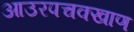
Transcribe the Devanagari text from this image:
आउरपचक्खाण